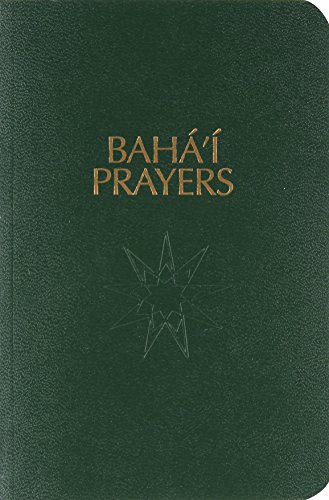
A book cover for Baha'I Prayers: A Selection of Prayers; Baha'u'llah; Religion & Spirituality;